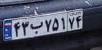
۴۳ب۷۵۱۷۴